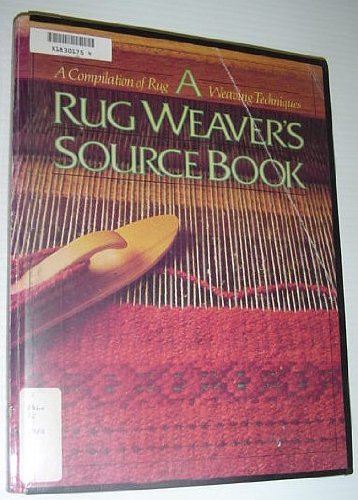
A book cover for Rug Weaver's Source Book; Linda Collier Ligon; Crafts, Hobbies & Home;